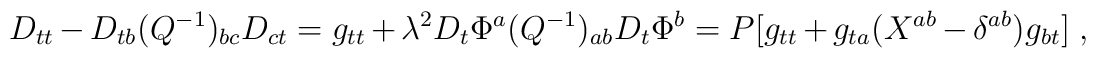
D_{tt}-D_{tb}(Q^{-1})_{bc}D_{ct}=g_{tt}+\lambda^2D_t\Phi^a (Q^{-1})_{ab}D_t\Phi^b=P[g_{tt}+g_{ta}(X^{ab}-\delta^{ab})g_{bt}] \ ,